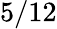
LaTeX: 5/12